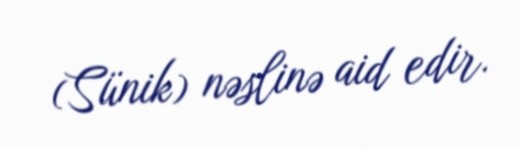
(Sünik) nəslinə aid edir.